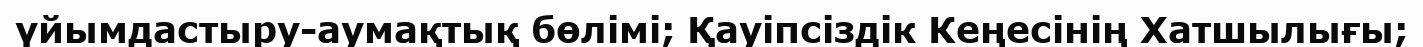
үйымдастыру-аумақтық бөлімі; Қауіпсіздік Кеңесінің Хатшылығы;